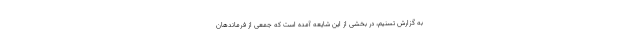
به گزارش تسنیم، در بخشی از این شایعه آمده است که جمعی از فرماندهان